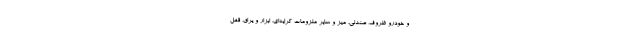
و خودرو ظروف، صندلی، میز و سایر ملزومات کرایه‌ای. ابزار و یراق، قفل